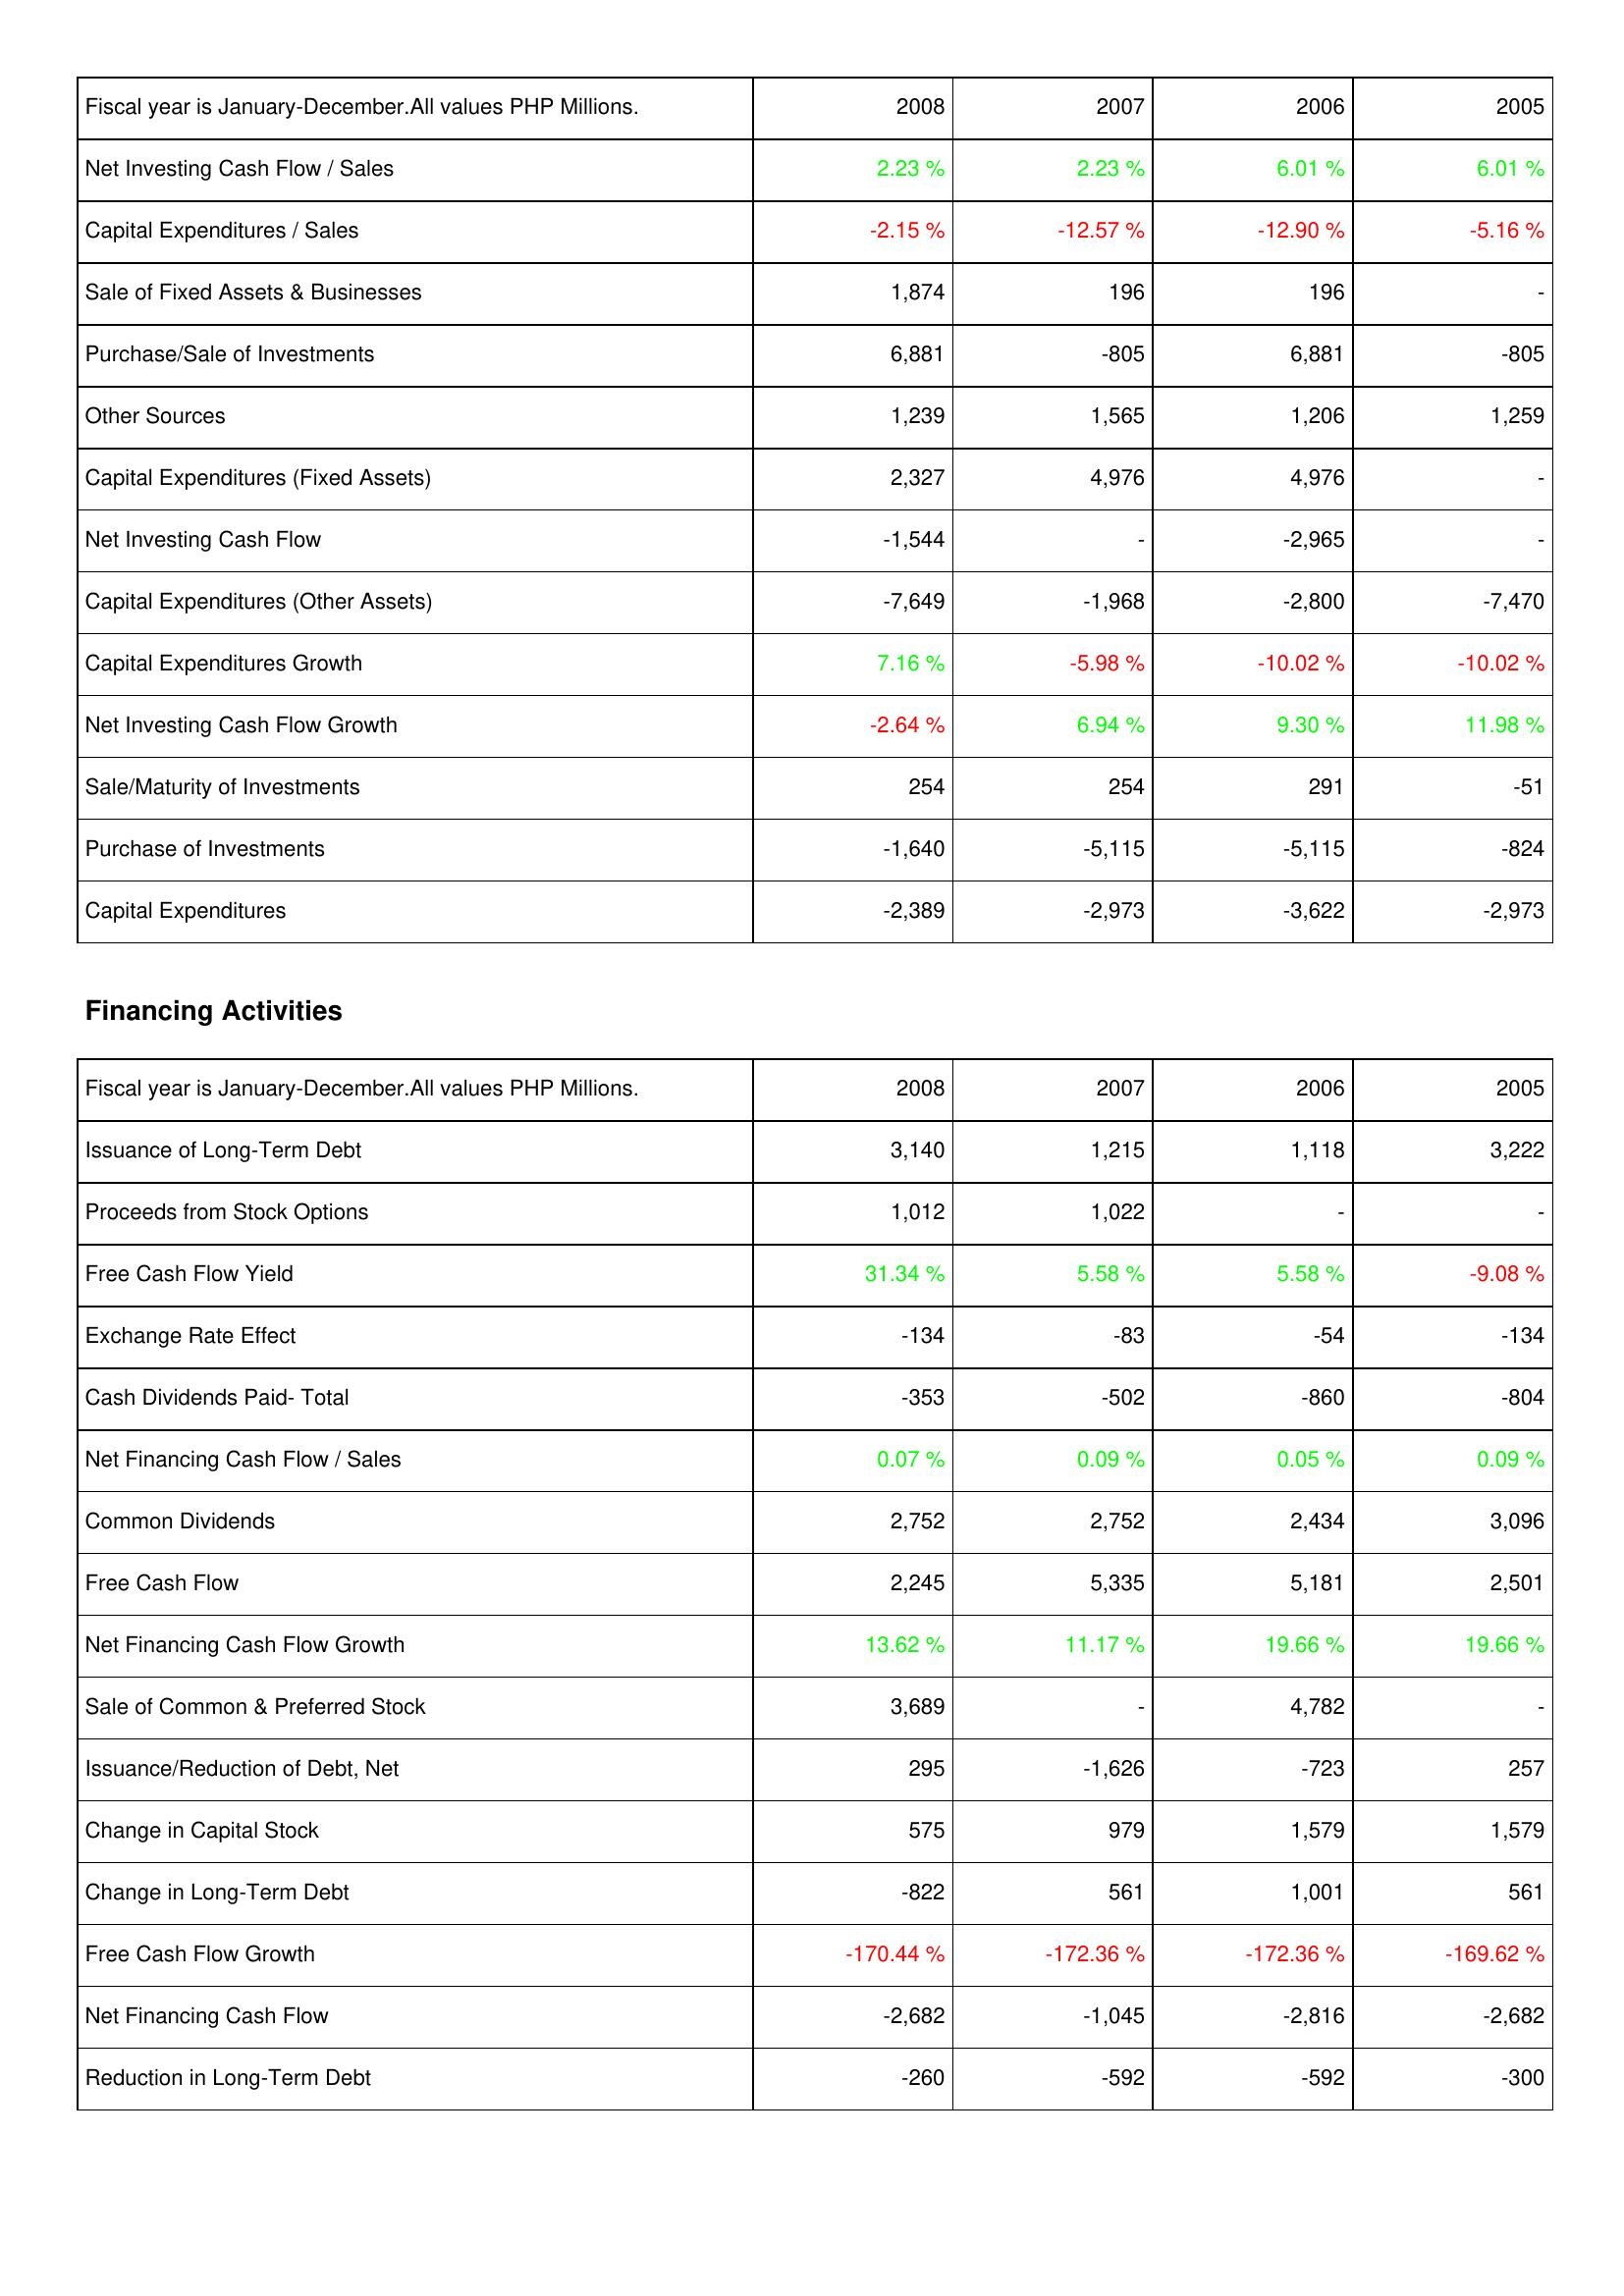
2008: Investing Activities: Net Investing Cash Flow / Sales: 2.23 %
Capital Expenditures / Sales: -2.15 %
Sale of Fixed Assets & Businesses: 1,874
Purchase/Sale of Investments: 6,881
Other Sources: 1,239
Capital Expenditures (Fixed Assets): 2,327
Net Investing Cash Flow: -1,544
Capital Expenditures (Other Assets): -7,649
Capital Expenditures Growth: 7.16 %
Net Investing Cash Flow Growth: -2.64 %
Sale/Maturity of Investments: 254
Purchase of Investments: -1,640
Capital Expenditures: -2,389
Financing Activities: Issuance of Long-Term Debt: 3,140
Proceeds from Stock Options: 1,012
Free Cash Flow Yield: 31.34 %
Exchange Rate Effect: -134
Cash Dividends Paid- Total: -353
Net Financing Cash Flow / Sales: 0.07 %
Common Dividends: 2,752
Free Cash Flow: 2,245
Net Financing Cash Flow Growth: 13.62 %
Sale of Common & Preferred Stock: 3,689
Issuance/Reduction of Debt, Net: 295
Change in Capital Stock: 575
Change in Long-Term Debt: -822
Free Cash Flow Growth: -170.44 %
Net Financing Cash Flow: -2,682
Reduction in Long-Term Debt: -260
2007: Investing Activities: Net Investing Cash Flow / Sales: 2.23 %
Capital Expenditures / Sales: -12.57 %
Sale of Fixed Assets & Businesses: 196
Purchase/Sale of Investments: -805
Other Sources: 1,565
Capital Expenditures (Fixed Assets): 4,976
Net Investing Cash Flow: -
Capital Expenditures (Other Assets): -1,968
Capital Expenditures Growth: -5.98 %
Net Investing Cash Flow Growth: 6.94 %
Sale/Maturity of Investments: 254
Purchase of Investments: -5,115
Capital Expenditures: -2,973
Financing Activities: Issuance of Long-Term Debt: 1,215
Proceeds from Stock Options: 1,022
Free Cash Flow Yield: 5.58 %
Exchange Rate Effect: -83
Cash Dividends Paid- Total: -502
Net Financing Cash Flow / Sales: 0.09 %
Common Dividends: 2,752
Free Cash Flow: 5,335
Net Financing Cash Flow Growth: 11.17 %
Sale of Common & Preferred Stock: -
Issuance/Reduction of Debt, Net: -1,626
Change in Capital Stock: 979
Change in Long-Term Debt: 561
Free Cash Flow Growth: -172.36 %
Net Financing Cash Flow: -1,045
Reduction in Long-Term Debt: -592
2006: Investing Activities: Net Investing Cash Flow / Sales: 6.01 %
Capital Expenditures / Sales: -12.90 %
Sale of Fixed Assets & Businesses: 196
Purchase/Sale of Investments: 6,881
Other Sources: 1,206
Capital Expenditures (Fixed Assets): 4,976
Net Investing Cash Flow: -2,965
Capital Expenditures (Other Assets): -2,800
Capital Expenditures Growth: -10.02 %
Net Investing Cash Flow Growth: 9.30 %
Sale/Maturity of Investments: 291
Purchase of Investments: -5,115
Capital Expenditures: -3,622
Financing Activities: Issuance of Long-Term Debt: 1,118
Proceeds from Stock Options: -
Free Cash Flow Yield: 5.58 %
Exchange Rate Effect: -54
Cash Dividends Paid- Total: -860
Net Financing Cash Flow / Sales: 0.05 %
Common Dividends: 2,434
Free Cash Flow: 5,181
Net Financing Cash Flow Growth: 19.66 %
Sale of Common & Preferred Stock: 4,782
Issuance/Reduction of Debt, Net: -723
Change in Capital Stock: 1,579
Change in Long-Term Debt: 1,001
Free Cash Flow Growth: -172.36 %
Net Financing Cash Flow: -2,816
Reduction in Long-Term Debt: -592
2005: Investing Activities: Net Investing Cash Flow / Sales: 6.01 %
Capital Expenditures / Sales: -5.16 %
Sale of Fixed Assets & Businesses: -
Purchase/Sale of Investments: -805
Other Sources: 1,259
Capital Expenditures (Fixed Assets): -
Net Investing Cash Flow: -
Capital Expenditures (Other Assets): -7,470
Capital Expenditures Growth: -10.02 %
Net Investing Cash Flow Growth: 11.98 %
Sale/Maturity of Investments: -51
Purchase of Investments: -824
Capital Expenditures: -2,973
Financing Activities: Issuance of Long-Term Debt: 3,222
Proceeds from Stock Options: -
Free Cash Flow Yield: -9.08 %
Exchange Rate Effect: -134
Cash Dividends Paid- Total: -804
Net Financing Cash Flow / Sales: 0.09 %
Common Dividends: 3,096
Free Cash Flow: 2,501
Net Financing Cash Flow Growth: 19.66 %
Sale of Common & Preferred Stock: -
Issuance/Reduction of Debt, Net: 257
Change in Capital Stock: 1,579
Change in Long-Term Debt: 561
Free Cash Flow Growth: -169.62 %
Net Financing Cash Flow: -2,682
Reduction in Long-Term Debt: -300